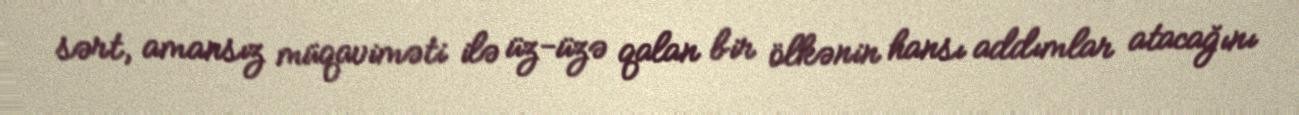
sərt, amansız müqaviməti ilə üz-üzə qalan bir ölkənin hansı addımlar atacağını